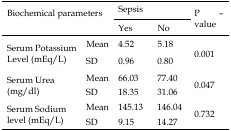
| <ROWSPAN=3-COLSPAN=2> Biochemical parameters | <COLSPAN=2> Sepsis | <ROWSPAN=3> P–value |
 | Yes | No |
 | --- | --- | --- | --- | --- |
 | <ROWSPAN=2> Serum Potassium Level (mEq/L) | Mean | 4.52 | 5.18 | <ROWSPAN=2> 0.001 |
 | SD | 0.96 | 0.80 |
 | <ROWSPAN=2> Serum Urea (mg/dl) | Mean | 66.03 | 77.40 | <ROWSPAN=2> 0.047 |
 | SD | 18.35 | 31.06 |
 | <ROWSPAN=2> Serum Sodium level (mEq/L) | Mean | 145.13 | 146.04 | <ROWSPAN=2> 0.732 |
 | SD | 9.15 | 14.27 |